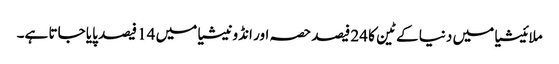
ملائیشیا میں دنیا کے ٹین کا 24 فیصد حصہ اور انڈونیشیا میں 14 فیصد پایا جاتا ہے۔